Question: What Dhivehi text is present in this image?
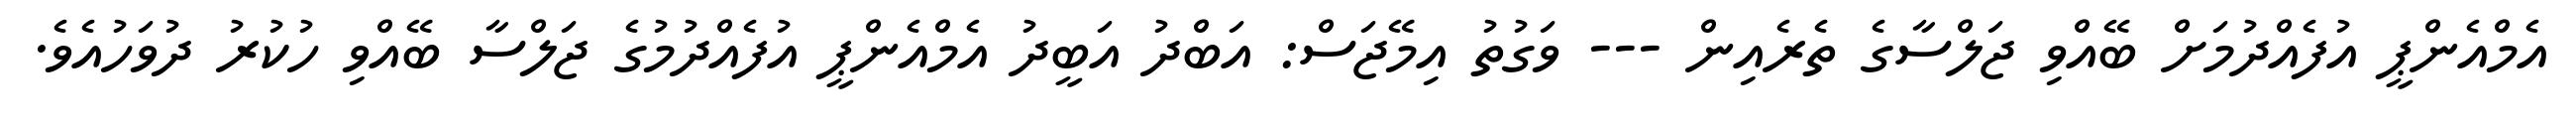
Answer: އެމްއެންޕީ އުފެއްދުމަށް ބޭއްވި ޖަލްސާގެ ތެރެއިން --- ވަގުތު އިމޭޖަސް: އަބްދު އަބީދު އެމްއެންޕީ އުފެއްދުމުގެ ޖަލްސާ ބޭއްވި ހުކުރު ދުވަހުއެވެ.